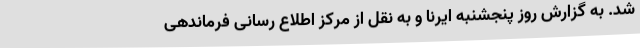
شد. به گزارش روز پنجشنبه ایرنا و به نقل از مرکز اطلاع رسانی فرماندهی